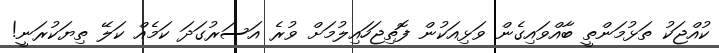
ކުއްޖަކު ތަޅުމަންތީ ބާއްވައިގެން ވަޅިއަކުން ފޮތިޖަހައިލުމަށް ވުރެ އަސަރުގަދަ ކަމެއް ކަލޭ ތިޔަކުރަނީ!